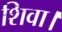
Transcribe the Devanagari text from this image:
शिवा।